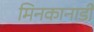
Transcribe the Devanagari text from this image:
मिनकानाडी